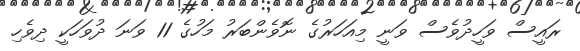
ރައީސް ވަހީދުވެސް ވަނީ މިއަހަރުގެ ނޮވެންބަރު މަހުގެ 11 ވަނަ ދުވަހަކީ ދިވެހި